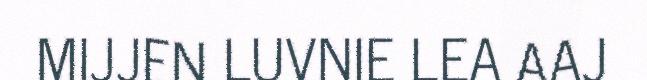
MIJJEN LUVNIE LEA AAJ